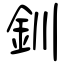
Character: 釧